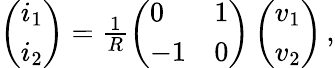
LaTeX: \begin{array}{r}{\left(\begin{array}{l}{i_{1}}\\ {i_{2}}\end{array}\right)=\frac{1}{R}\left(\begin{array}{ll}{0}&{1}\\ {-1}&{0}\end{array}\right)\left(\begin{array}{l}{v_{1}}\\ {v_{2}}\end{array}\right)\, ,}\end{array}